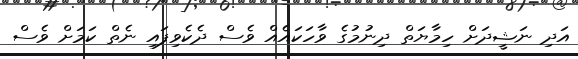
އަދި ނަޝީދަށް ހިމާޔަތް ދިނުމުގެ ވާހަކައެއް ވެސް ދެކެވިފައި ނެތް ކަމަށް ވެސް